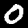
Digit: 0